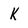
Character: k